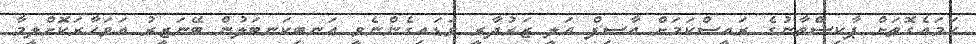
ހަމައެގޮތަށް ޕާކިސްތާނުގެ ރައީސްކަމަށް އާސިފް އަލީ ޒަރުދާރީ ވަޑައިގެންނެވީ އަނބިކަނބަލުން ބޭނަޒީރު އަވަހާރަކޮށްލީމާ